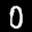
Label: 0